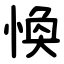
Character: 愌